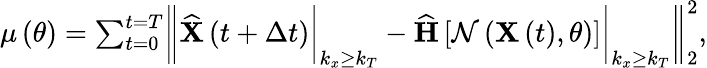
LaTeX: \begin{array}{r}{\mathbf{\mu}\left(\theta\right)=\sum_{t=0}^{t=T}\biggr\| \widehat{\mathbf{X}}\left(t+\Delta t\right)\biggr\rvert_{{k_{x}\geq k_{T}}}-\widehat{\mathbf{H}}\left[\mathcal{N}\left(\mathbf{X}\left(t\right),\theta\right)\right]\biggr\rvert_{{k_{x}\geq k_{T}}}\biggr\| _{2}^{2},}\end{array}